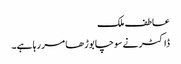
عاطف ملک
ڈاکٹر نے سوچا بوڑھا مر رہا ہے۔